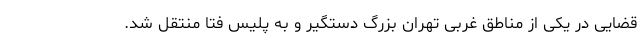
قضایی در یکی از مناطق غربی تهران بزرگ دستگیر و به پلیس فتا منتقل شد.